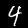
Digit: 4